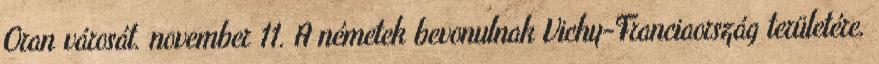
Oran városát. november 11. A németek bevonulnak Vichy-Franciaország területére.